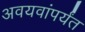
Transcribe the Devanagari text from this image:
अवयवांपर्यंत